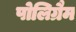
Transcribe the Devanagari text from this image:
पोलिग्रैम